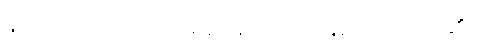
နာတာရှာက မျက်ရည်များကြားမှ ပြုံးလိုက်၏။